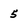
Character: 5